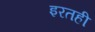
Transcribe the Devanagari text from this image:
इरतही